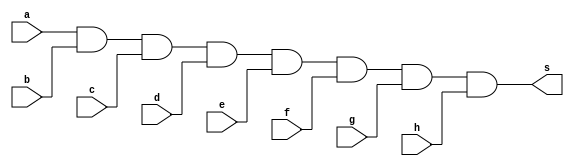
//--------------------------------
// EXTRA 2
//--------------------------------

module andG8(output s, input a, input b, input c, input d, input e, input f, input g, input h);
assign s = a&b&c&d&e&f&g&h;

endmodule

module testandG8;
reg [7:0]count;
reg a, b, c, d, e, f, g, h;
wire s;

andG8 AND1(s, a, b, c, d,	e ,f ,g, h);

initial begin:start
count=0;
a=0;b=0;c=0;
d=0;e=0;f=0;
g=0;h=0;

end

initial begin

$display("~(a & b & c & d & e & f & g & h = s)");
$monitor("(%b & %b & %b & %b & %b & %b & %b & %b &= %b)", a, b, c, d, e, f, g, h, s);

count = 0; 

	repeat (255) begin
				count <= count + 1;
				#1 a<=count[7];b<=count[6];c<=count[5];d<=count[4];e<=count[3];f<=count[2];g<=count[1];h<=count[0];
				
	end

end

endmodule